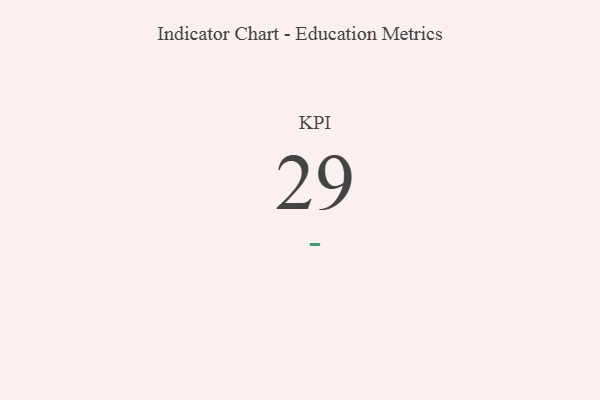
{"axis": {"x": "KPI", "y": "Value"}, "legend": [""], "data": [{"x": "KPI", "y": 29, "type": ""}]}